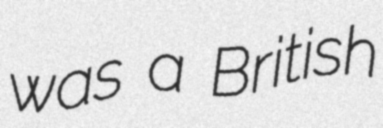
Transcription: was a British